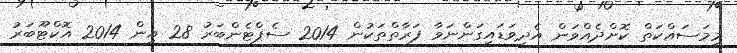
މިމަސައްކަތް ކޮށްދެއްވަން އެދިވަޑައިގަންނަވާ ފަރާތްތަކުން 2014 ސެޕްޓެންބަރު 28 އިން 2014 އޮކްޓޫބަރު